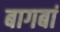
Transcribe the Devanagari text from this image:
बागबां